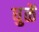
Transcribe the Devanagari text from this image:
धुळें